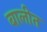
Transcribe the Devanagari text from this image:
बालीत